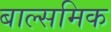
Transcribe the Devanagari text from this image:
बाल्समिक